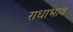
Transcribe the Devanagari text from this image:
राधाभाव